Madras plague regulations in force outside the Presidency town - Volume 6
Disease focus: Plague
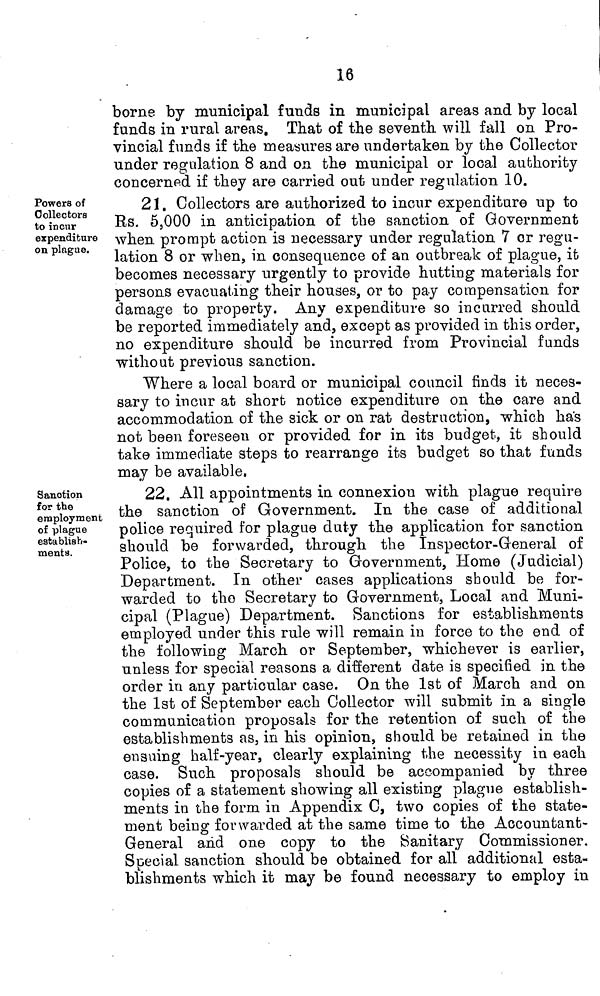
16
borne by municipal funds in municipal areas and by local
funds in rural areas. That of the seventh will fall on Pro-
vincial funds if the measures are undertaken by the Collector
under regulation 8 and on the municipal or local authority
concerned if they are carried out under regulation 10.
Powers of
Collectors
to incur
expenditure
on plague.
21. Collectors are authorized to incur expenditure up to
Rs. 5,000 in anticipation of the sanction of Government
when prompt action is necessary under regulation 7 or regu-
lation 8 or when, in consequence of an outbreak of plague, it
becomes necessary urgently to provide hutting materials for
persons evacuating their houses, or to pay compensation for
damage to property. Any expenditure so incurred should
be reported immediately and, except as provided in this order,
no expenditure should be incurred from Provincial funds
without previous sanction.
Where a local board or municipal council finds it neces-
sary to incur at short notice expenditure on the care and
accommodation of the sick or on rat destruction, which has
not been foreseen or provided for in its budget, it should
take immediate steps to rearrange its budget so that funds
may be available,
Sanction
for the
employment
of plague
establish-
ments.
22. All appointments in connexion with plague require
the sanction of Government. In the case of additional
police required for plague duty the application for sanction
should be forwarded, through the Inspector-General of
Police, to the Secretary to Government, Home (Judicial)
Department. In other cases applications should be for-
warded to the Secretary to Government, Local and Muni-
cipal (Plague) Department. Sanctions for establishments
employed under this rule will remain in force to the end of
the following March or September, whichever is earlier,
unless for special reasons a different date is specified in the
order in any particular case. On the 1st of March and on
the 1st of September each Collector will submit in a single
communication proposals for the retention of such of the
establishments as, in his opinion, should be retained in the
ensuing half-year, clearly explaining the necessity in each
case. Such proposals should be accompanied by three
copies of a statement showing all existing plague establish-
ments in the form in Appendix C, two copies of the state-
ment being forwarded at the same time to the Accountant-
General and one copy to the Sanitary Commissioner.
Special sanction should be obtained for all additional esta-
blishments which it may be found necessary to employ in